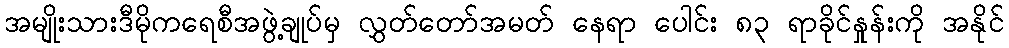
အမျိုးသားဒီမိုကရေစီအဖွဲ့ချုပ်မှ လွှတ်တော်အမတ် နေရာ ပေါင်း ၈၃ ရာခိုင်နှုန်းကို အနိုင်